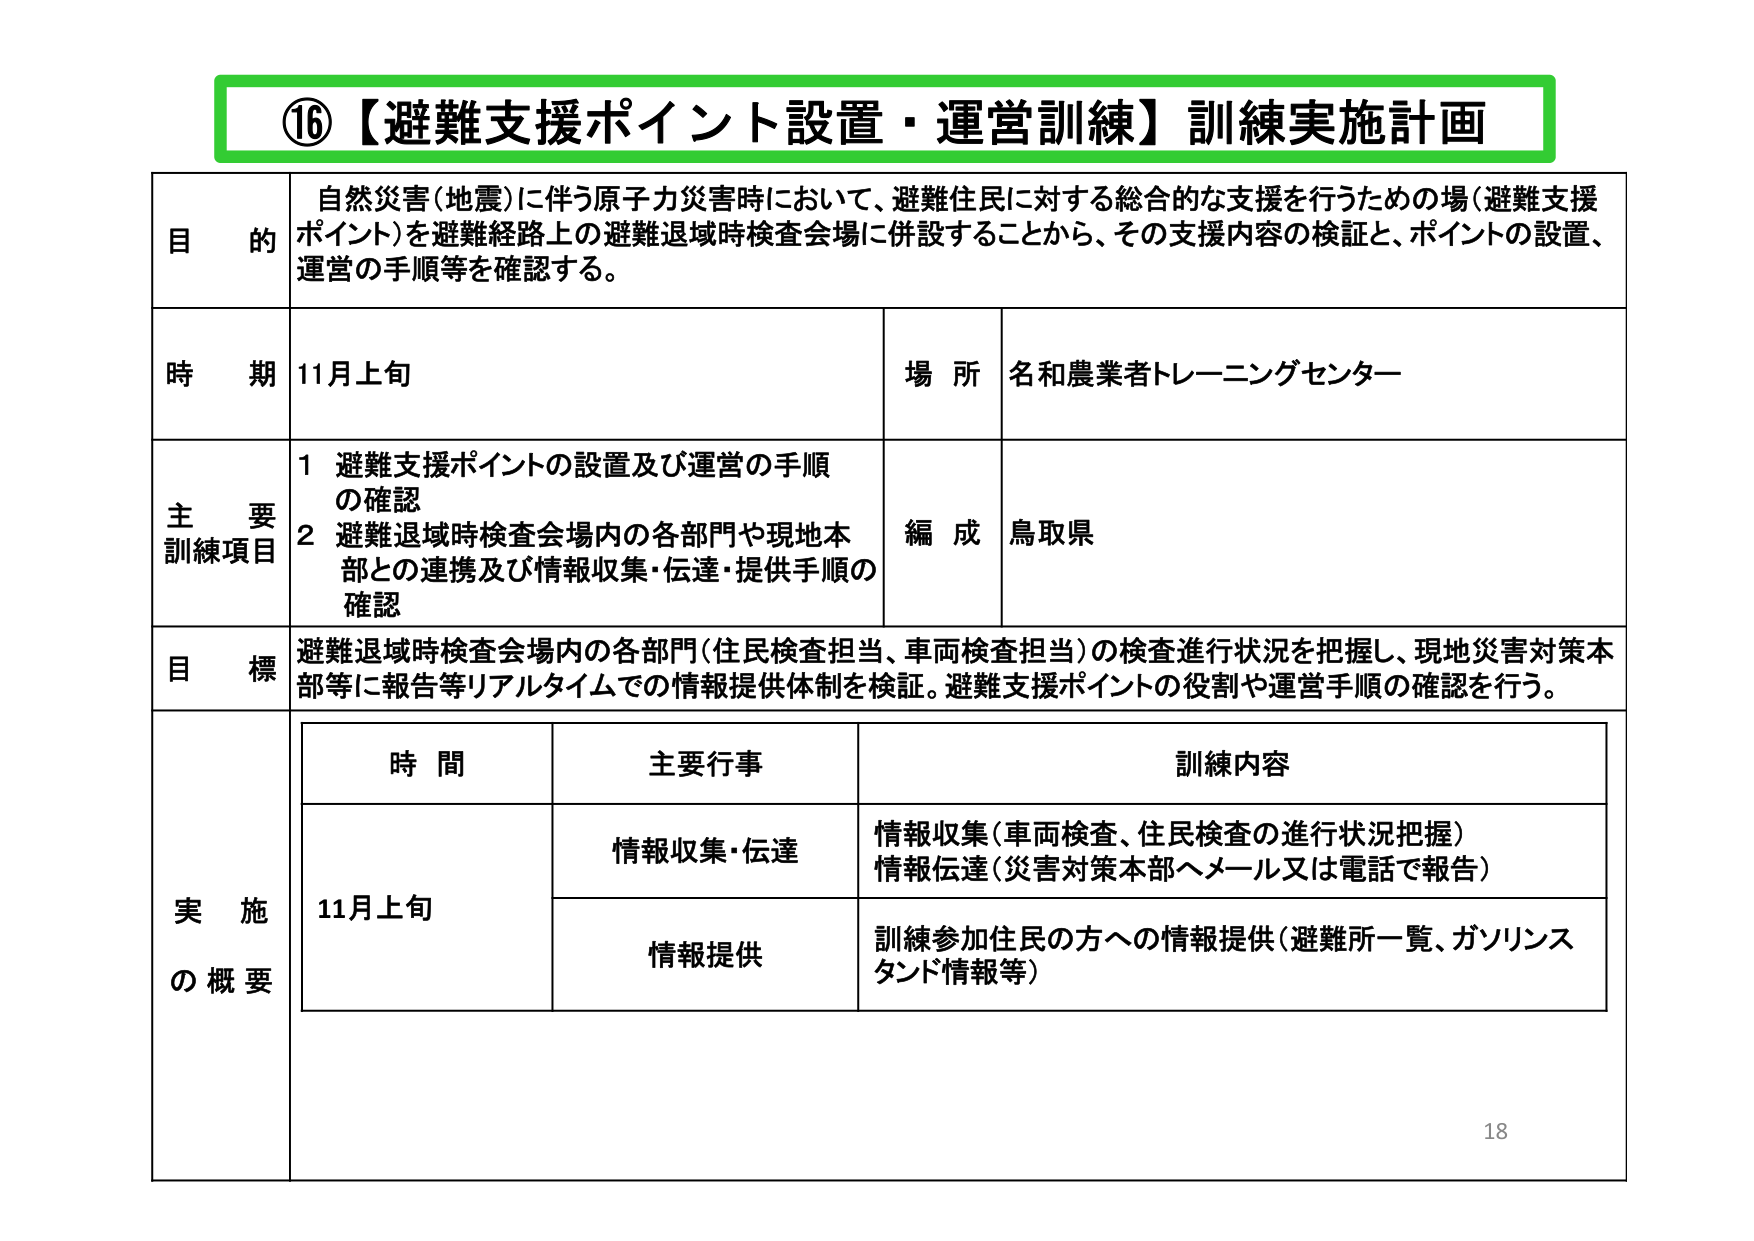
⑯【避難支援ポイント設置・運営訓練】訓練実施計画

目的
自然災害（地震）に伴う原子力災害時において、避難住民に対する総合的な支援を行うための場（避難支援ポイント）を避難経路上の避難退域時検査会場に併設することから、その支援内容の検証と、ポイントの設置、運営の手順等を確認する。

時期
11月上旬

場所
名和農業者トレーニングセンター

主要訓練項目
1 避難支援ポイントの設置及び運営の手順の確認
2 避難退域時検査会場内の各部門や現地本部との連携及び情報収集・伝達・提供手順の確認

編成
鳥取県

目標
避難退域時検査会場内の各部門（住民検査担当、車両検査担当）の検査進行状況を把握し、現地災害対策本部等に報告等リアルタイムでの情報提供体制を検証。避難支援ポイントの役割や運営手順の確認を行う。

実施の概要

時間 主要行事 訓練内容
11月上旬 情報収集・伝達 情報収集（車両検査、住民検査の進行状況把握）
情報伝達（災害対策本部へメール又は電話で報告）
情報提供 訓練参加住民の方への情報提供（避難所一覧、ガソリンスタンド情報等）

18